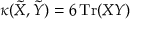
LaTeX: \kappa ( \tilde { X } , \tilde { Y } ) = 6 \, \mathrm { T r } ( X Y )